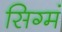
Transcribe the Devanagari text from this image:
सिग्मं